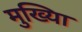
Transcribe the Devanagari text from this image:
मुख्यिा